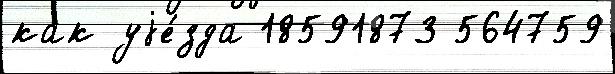
как уjе́зда 18591873 564759